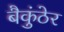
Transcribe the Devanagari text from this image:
बैकुंठेर